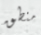
منطق